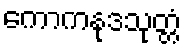
ကောကနုဒသုတ္တံ